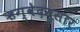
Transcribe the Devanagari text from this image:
ऋग्वेदनुसार